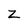
Character: z